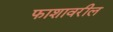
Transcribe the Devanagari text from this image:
फाशावरील